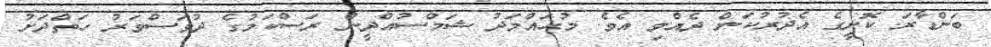
ބަންޑާރަ ކޮށީގެ އެދުރުކަން ދެއްވި އެވެ. މުޙައްމަދު ޝަމްސުއްދީން ރަސްކަމުގެ ދުވަސްވަރު ހަތްދަށު